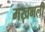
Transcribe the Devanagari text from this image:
मख़मली